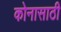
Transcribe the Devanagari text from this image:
कोनासाठी